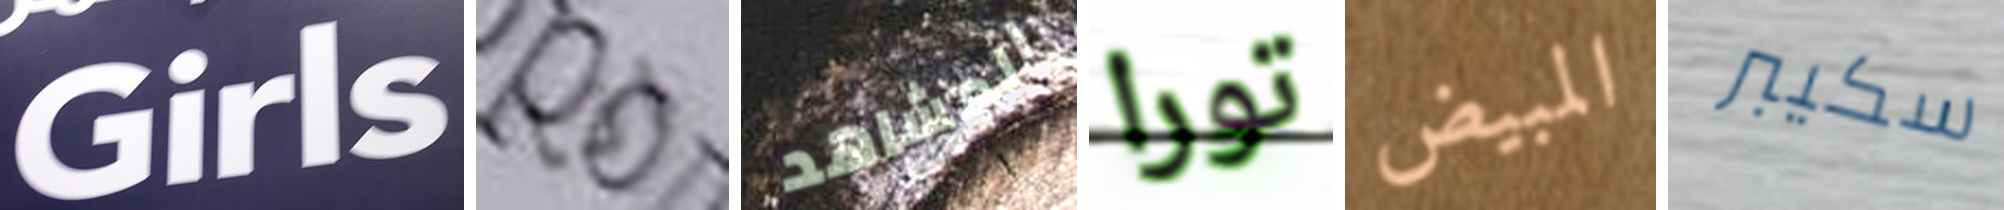
Girls انا المشاهد تورا المبيض سكيبر